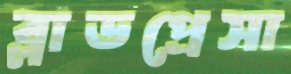
ব্লাডপ্রেসা